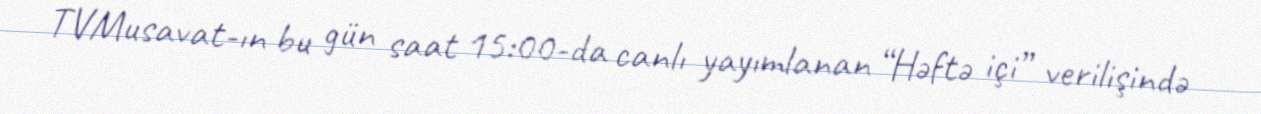
TVMusavat-ın bu gün saat 15:00-da canlı yayımlanan “Həftə içi” verilişində